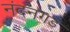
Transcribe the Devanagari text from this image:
नंदनगड